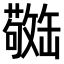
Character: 𫄿